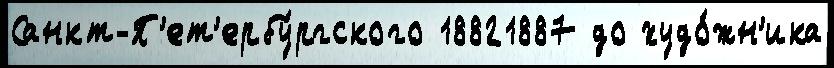
Санкт-П'ет'ербу́ргского 18821887 до худо́жн'ика